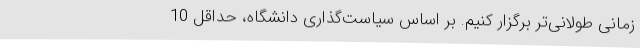
زمانی طولانی‌تر برگزار کنیم. بر اساس سیاست‌گذاری دانشگاه، حداقل 10